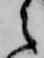
之